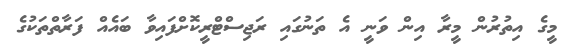
މީގެ އިތުރުން މީރާ އިން ވަނީ އެ ތަނުގައި ރަޖިސްޓްރީކޮށްފައިވާ ބައެއް ފަރާތްތަކުގެ